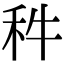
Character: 𥝫